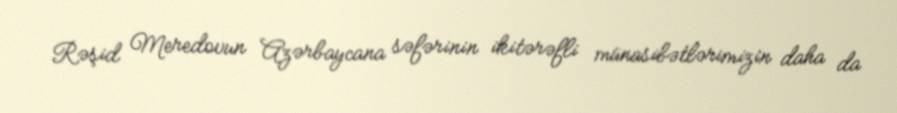
Rəşid Meredovun Azərbaycana səfərinin ikitərəfli münasibətlərimizin daha da